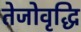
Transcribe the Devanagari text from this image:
तेजोवृद्धि